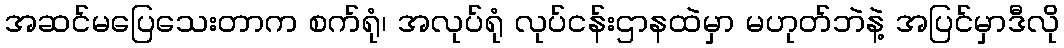
အဆင်မပြေသေးတာက စက်ရုံ၊ အလုပ်ရုံ လုပ်ငန်းဌာနထဲမှာ မဟုတ်ဘဲနဲ့ အပြင်မှာဒီလို